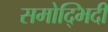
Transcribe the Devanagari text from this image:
समोद्भिदी